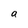
Character: a